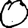
Digit: 0